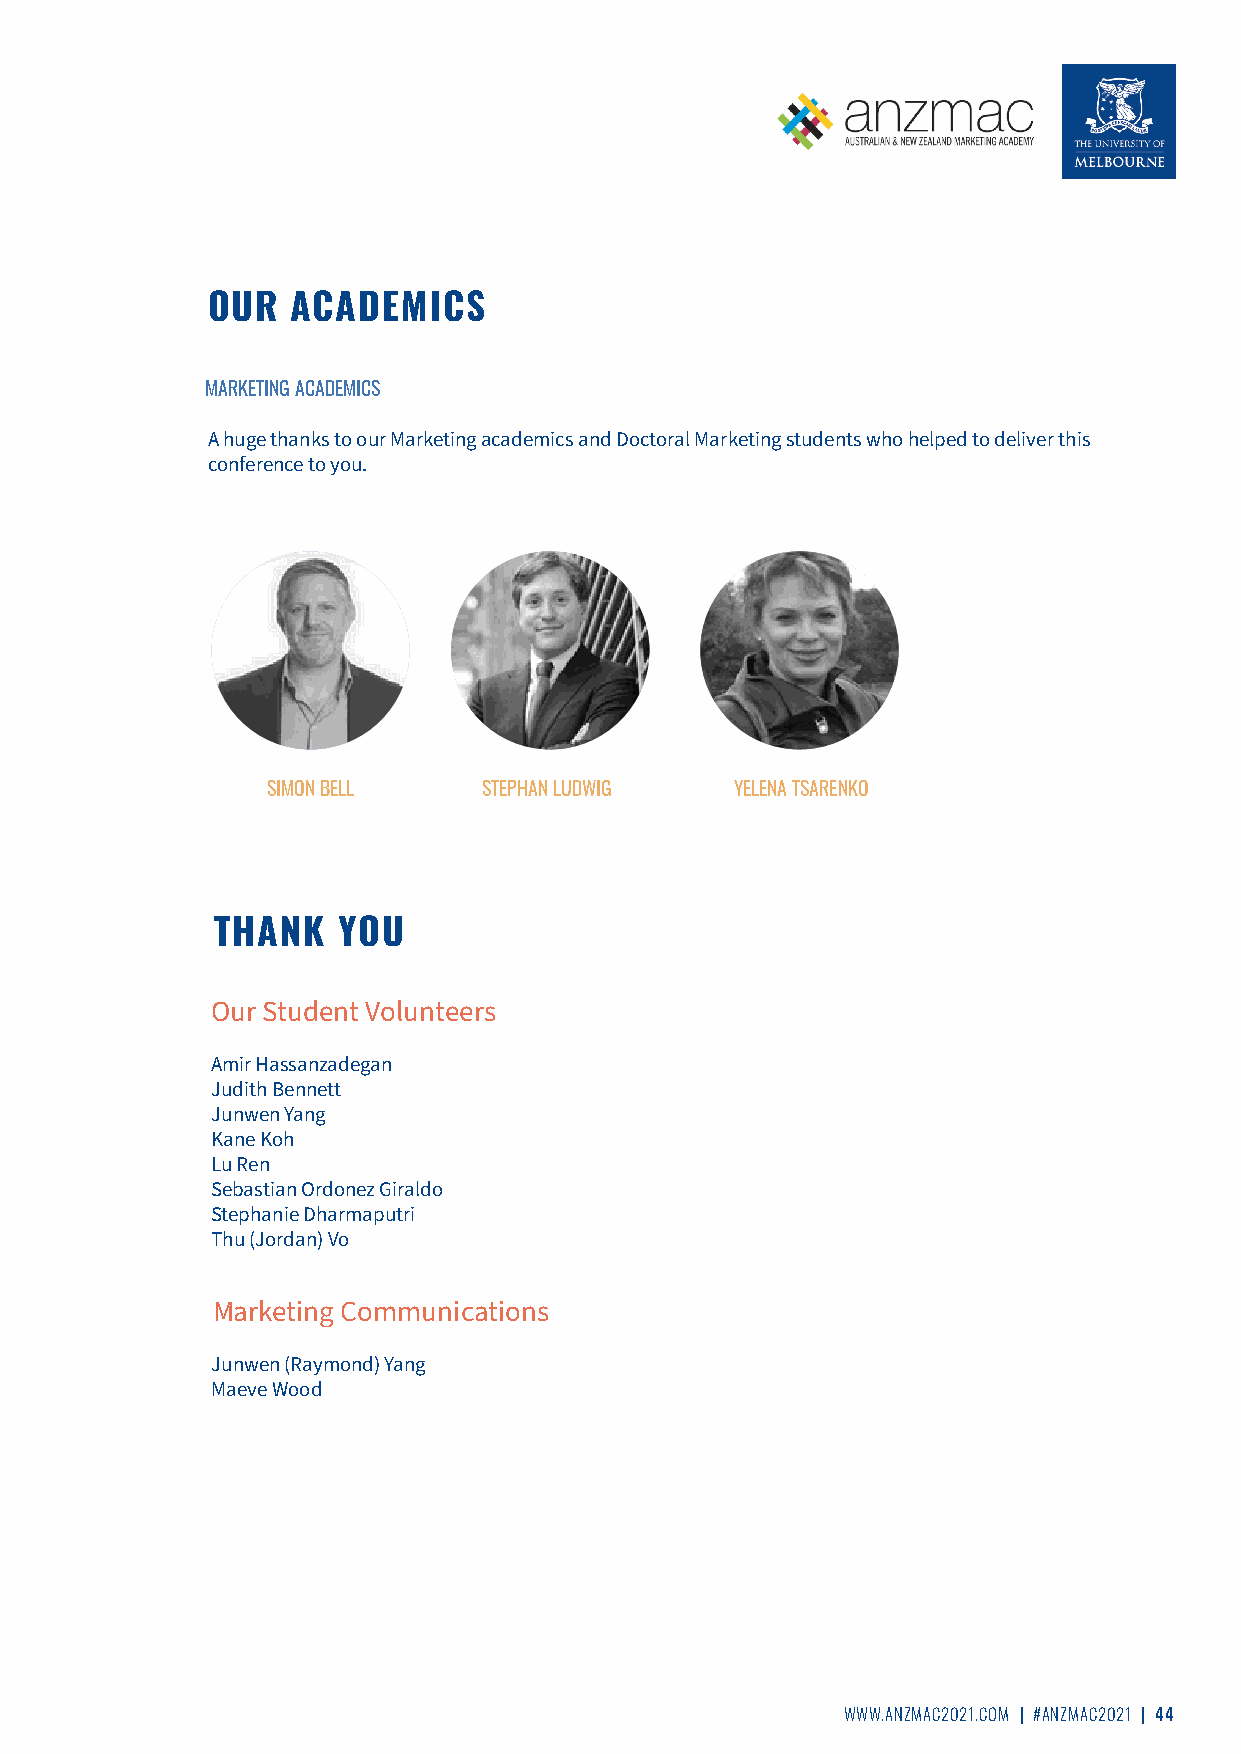
OUR  ACADEMICS
 MARKETING ACADEMICS
 A huge thanks to our Marketing academics and Doctoral Marketing students who helped to deliver this
 conference to you.
 SIMON BELL    STEPHAN LUDWIG   YELENA TSARENKO
 THANK   YOU
 Our Student Volunteers
 Amir Hassanzadegan
 Judith Bennett
 Junwen Yang
 Kane Koh
 Lu Ren
 Sebastian Ordonez Giraldo
 Stephanie Dharmaputri
 Thu (Jordan) Vo
 Marketing Communications
 Junwen (Raymond) Yang
 Maeve Wood
 WWW.ANZMAC2021.COM | #ANZMAC2021 | 44